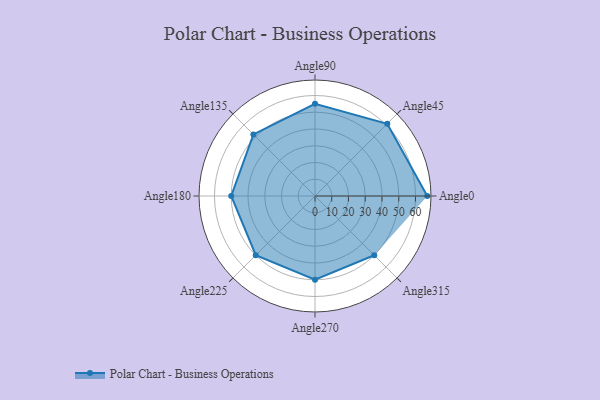
{"axis": {"x": "Angle", "y": "Radius"}, "legend": [""], "data": [{"x": "Angle0", "y": 67.0, "type": ""}, {"x": "Angle45", "y": 61.0, "type": ""}, {"x": "Angle90", "y": 55.0, "type": ""}, {"x": "Angle135", "y": 52.0, "type": ""}, {"x": "Angle180", "y": 50, "type": ""}, {"x": "Angle225", "y": 50, "type": ""}, {"x": "Angle270", "y": 50, "type": ""}, {"x": "Angle315", "y": 50.0, "type": ""}]}